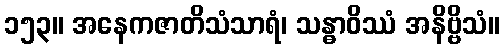
၁၅၃။ အနေကဇာတိသံသာရံ၊ သန္ဓာဝိဿံ အနိဗ္ဗိသံ။